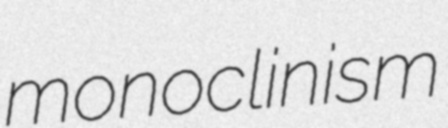
monoclinism